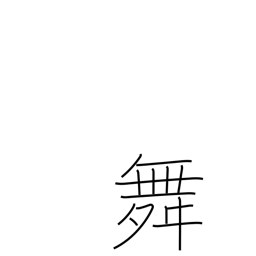
Meaning: dance